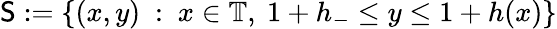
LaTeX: \mathsf{S}:=\{ (x,y)\ :\ x\in\mathbb{T},\ 1+h_{-}\leq y\leq 1+h(x)\}